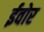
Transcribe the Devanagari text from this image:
ईवोर